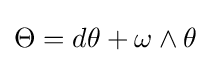
\Theta =d\theta +\omega \wedge \theta